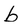
Character: b